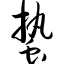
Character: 蛰